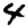
Digit: 4